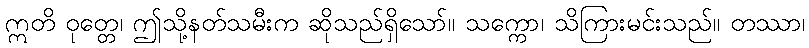
ဣတိ ဝုတ္တေ၊ ဤသို့နတ်သမီးက ဆိုသည်ရှိသော်။ သက္ကော၊ သိကြားမင်းသည်။ တဿာ၊